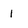
Character: 1